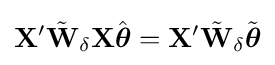
\mathbf {X} '{\tilde {\mathbf {W} }}_{\delta }\mathbf {X} {\hat {\boldsymbol {\theta }}}=\mathbf {X} '{\tilde {\mathbf {W} }}_{\delta }{\tilde {\boldsymbol {\theta }}}